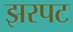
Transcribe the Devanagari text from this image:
झरपट